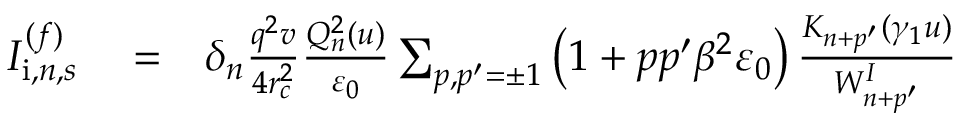
\begin{array} { r l r } { I _ { \mathrm { i } , n , s } ^ { ( f ) } } & { { } = } & { \delta _ { n } \frac { q ^ { 2 } v } { 4 r _ { c } ^ { 2 } } \frac { Q _ { n } ^ { 2 } ( u ) } { \varepsilon _ { 0 } } \sum _ { p , p ^ { \prime } = \pm 1 } \left( 1 + p p ^ { \prime } \beta ^ { 2 } \varepsilon _ { 0 } \right) \frac { K _ { n + p ^ { \prime } } ( \gamma _ { 1 } u ) } { W _ { n + p ^ { \prime } } ^ { I } } } \end{array}